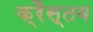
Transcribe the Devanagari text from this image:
क्रैस्तव